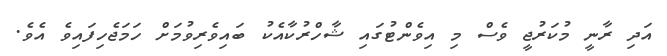
އަދި ރާނީ މުކަރުޖީ ވެސް މި އިވެންޓުގައި ޝާހްރުކާއެކު ބައިވެރިވުމަށް ހަމަޖެހިފައިވެ އެވެ.